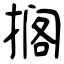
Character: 搁